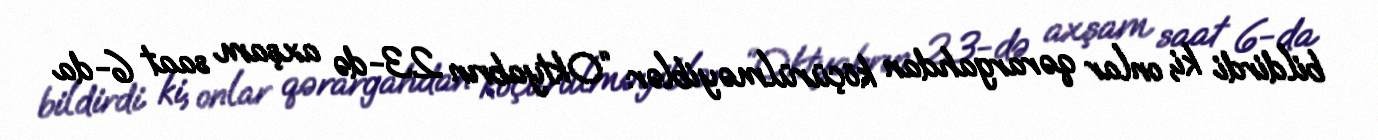
bildirdi ki, onlar qərargahdan köçürülməyiblər: “Oktyabrın 23-də axşam saat 6-da